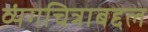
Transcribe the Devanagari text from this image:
व्यंगचित्राबद्दल